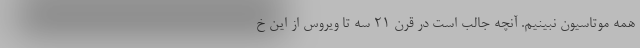
همه موتاسیون نبینیم. آنچه جالب است در قرن ۲۱ سه تا ویروس از این خ